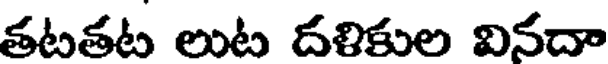
తటతట లుట దళికుల వినదా